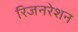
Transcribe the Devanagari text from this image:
रिजनरेशन